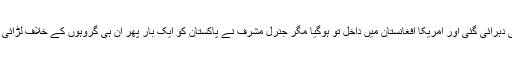
عمران خان نے وضاحت کی کہ گیارہ ستمبر 2001 کے حملوں کے بعد ایک بار پھر یہی غلطی دہرائی گئی اور امریکا افغانستان میں داخل تو ہوگیا مگر جنرل مشرف نے پاکستان کو ایک بار پھر ان ہی گروہوں کے خلاف لڑائی شروع کی جن کو یہ کہہ کر تربیت دی گئی تھی کہ غیرملکی افواج کے خلاف لڑنا ’’جہاد‘‘ ہے۔